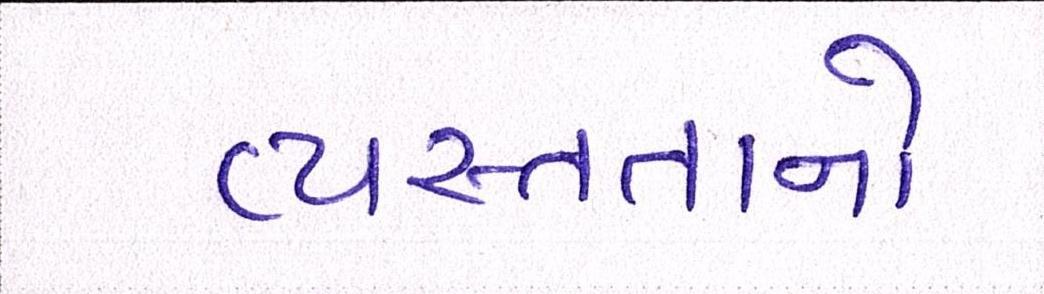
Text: વ્યસ્તતાનો